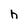
Character: h